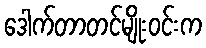
ဒေါက်တာတင်မျိုးဝင်းက